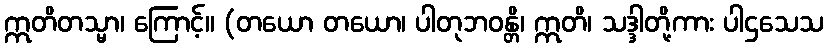
ဣတိတသ္မာ၊ ကြောင့်။ (တယော တယော၊ ပါတုဘဝန္တိ၊ ဣတိ၊ သဒ္ဒါတို့ကား ပါဌသေသ